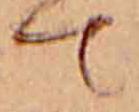
て